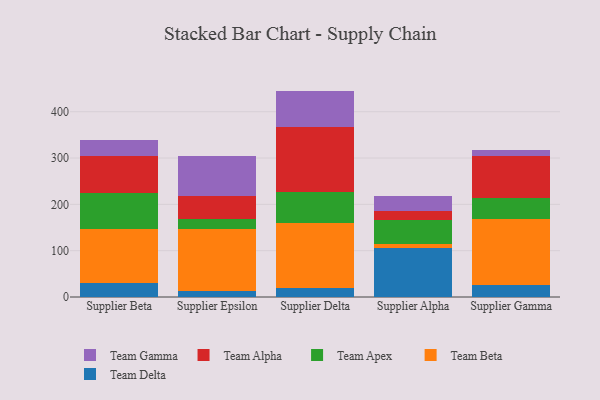
{"axis": {"x": "Supplier", "y": "Temperature (°C)"}, "legend": ["Team Alpha", "Team Apex", "Team Beta", "Team Delta", "Team Gamma"], "data": [{"x": "Supplier Beta", "y": 29.6, "type": "Team Delta"}, {"x": "Supplier Beta", "y": 117.5, "type": "Team Beta"}, {"x": "Supplier Beta", "y": 76.6, "type": "Team Apex"}, {"x": "Supplier Beta", "y": 81.0, "type": "Team Alpha"}, {"x": "Supplier Beta", "y": 33.8, "type": "Team Gamma"}, {"x": "Supplier Epsilon", "y": 14.0, "type": "Team Delta"}, {"x": "Supplier Epsilon", "y": 133.0, "type": "Team Beta"}, {"x": "Supplier Epsilon", "y": 21.3, "type": "Team Apex"}, {"x": "Supplier Epsilon", "y": 50.4, "type": "Team Alpha"}, {"x": "Supplier Epsilon", "y": 86.3, "type": "Team Gamma"}, {"x": "Supplier Delta", "y": 19.2, "type": "Team Delta"}, {"x": "Supplier Delta", "y": 141.3, "type": "Team Beta"}, {"x": "Supplier Delta", "y": 66.7, "type": "Team Apex"}, {"x": "Supplier Delta", "y": 139.4, "type": "Team Alpha"}, {"x": "Supplier Delta", "y": 78.5, "type": "Team Gamma"}, {"x": "Supplier Alpha", "y": 106.0, "type": "Team Delta"}, {"x": "Supplier Alpha", "y": 7.7, "type": "Team Beta"}, {"x": "Supplier Alpha", "y": 51.9, "type": "Team Apex"}, {"x": "Supplier Alpha", "y": 19.9, "type": "Team Alpha"}, {"x": "Supplier Alpha", "y": 33.0, "type": "Team Gamma"}, {"x": "Supplier Gamma", "y": 25.7, "type": "Team Delta"}, {"x": "Supplier Gamma", "y": 143.7, "type": "Team Beta"}, {"x": "Supplier Gamma", "y": 43.8, "type": "Team Apex"}, {"x": "Supplier Gamma", "y": 90.5, "type": "Team Alpha"}, {"x": "Supplier Gamma", "y": 14.4, "type": "Team Gamma"}]}